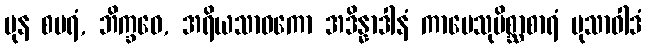
ပုန စပရံ, ဘိက္ခဝေ, အရိယသာဝကော အဒိန္နာဒါနံ ကာမေသုမိစ္ဆာစာရံ မုသာဝါဒံ